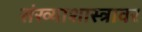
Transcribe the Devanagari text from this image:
संख्याशास्त्रावर